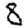
Digit: 8